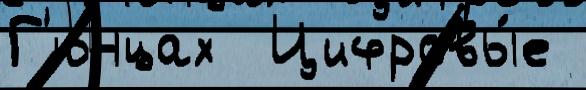
Г'юнцах  Цифровы́е